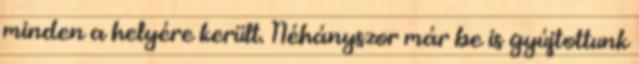
minden a helyére került. Néhányszor már be is gyújtottunk